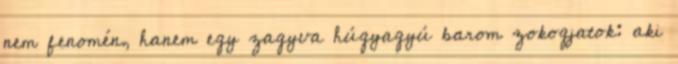
nem fenomén, hanem egy zagyva húgyagyú barom zokogjatok: aki